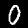
Label: 0